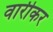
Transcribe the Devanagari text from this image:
वारीकर